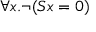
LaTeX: \forall x . \lnot ( S x = 0 )